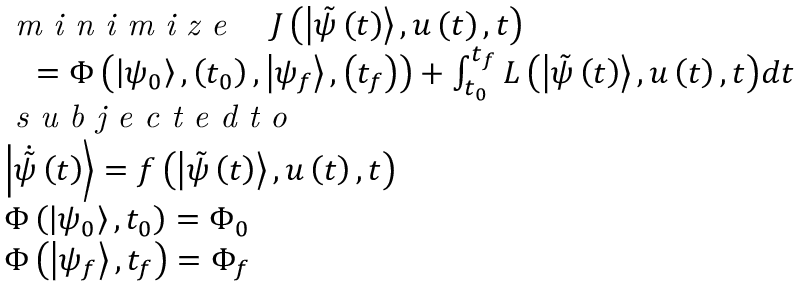
\begin{array} { r l } & { \textit { m i n i m i z e } \quad J \left( \left| \Tilde { \psi } \left( t \right) \right\rangle , u \left( t \right) , t \right) } \\ & { \quad = \Phi \left( \left| { { \psi } _ { 0 } } \right\rangle , \left( { { t } _ { 0 } } \right) , \left| { { \psi } _ { f } } \right\rangle , \left( { { t } _ { f } } \right) \right) + \int _ { { { t } _ { 0 } } } ^ { { { t } _ { f } } } { L \left( \left| \Tilde { \psi } \left( t \right) \right\rangle , u \left( t \right) , t \right) } d t } \\ & { \textit { s u b j e c t e d t o } } \\ & { \left| \dot { \Tilde { \psi } } \left( t \right) \right\rangle = f \left( \left| \Tilde { \psi } \left( { { t } } \right) \right\rangle , u \left( t \right) , t \right) } \\ & { \Phi \left( \left| { { \psi } _ { 0 } } \right\rangle , { { t } _ { 0 } } \right) = { { \Phi } _ { 0 } } } \\ & { \Phi \left( \left| { { \psi } _ { f } } \right\rangle , { { t } _ { f } } \right) = { { \Phi } _ { f } } } \end{array}